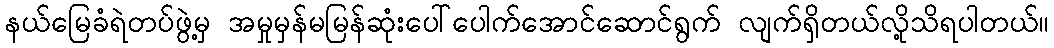
နယ်မြေခံရဲတပ်ဖွဲ့မှ အမှုမှန်မမြန်ဆုံးပေါ်ပေါက်အောင်ဆောင်ရွက် လျက်ရှိတယ်လို့သိရပါတယ်။